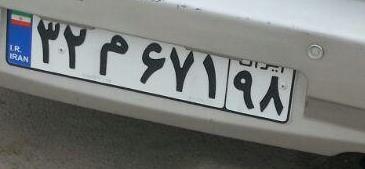
۳۲م۶۷۱۹۸